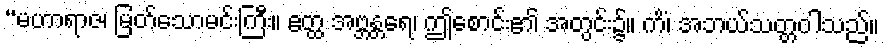
“မဟာရာဇ၊ မြတ်သောမင်းကြီး။ ဧတ္ထ အဗ္ဘန္တရေ၊ ဤစောင်း၏ အတွင်း၌။ ကိံ၊ အဘယ်သတ္တဝါသည်။